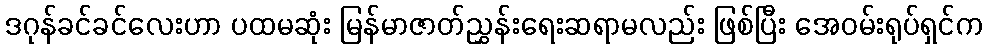
ဒဂုန်ခင်ခင်လေးဟာ ပထမဆုံး မြန်မာဇာတ်ညွှန်းရေးဆရာမလည်း ဖြစ်ပြီး အေဝမ်းရုပ်ရှင်က